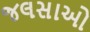
જલસાઓ